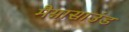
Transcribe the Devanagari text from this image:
मैग्नासाउंड